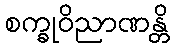
စက္ခုဝိညာဏန္တိ